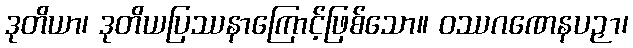
ဒုတိယာ၊ ဒုတိယပြဿနာကြောင့်ဖြစ်သော။ ဝဿဂဏေနပဉှာ၊